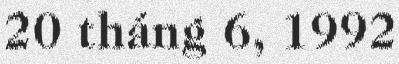
20 tháng 6, 1992